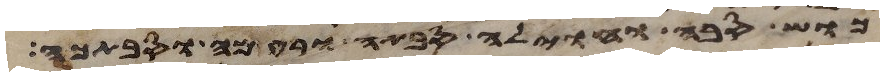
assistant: כוש סבה וחוילה סבתה ורעמה וסבתכה